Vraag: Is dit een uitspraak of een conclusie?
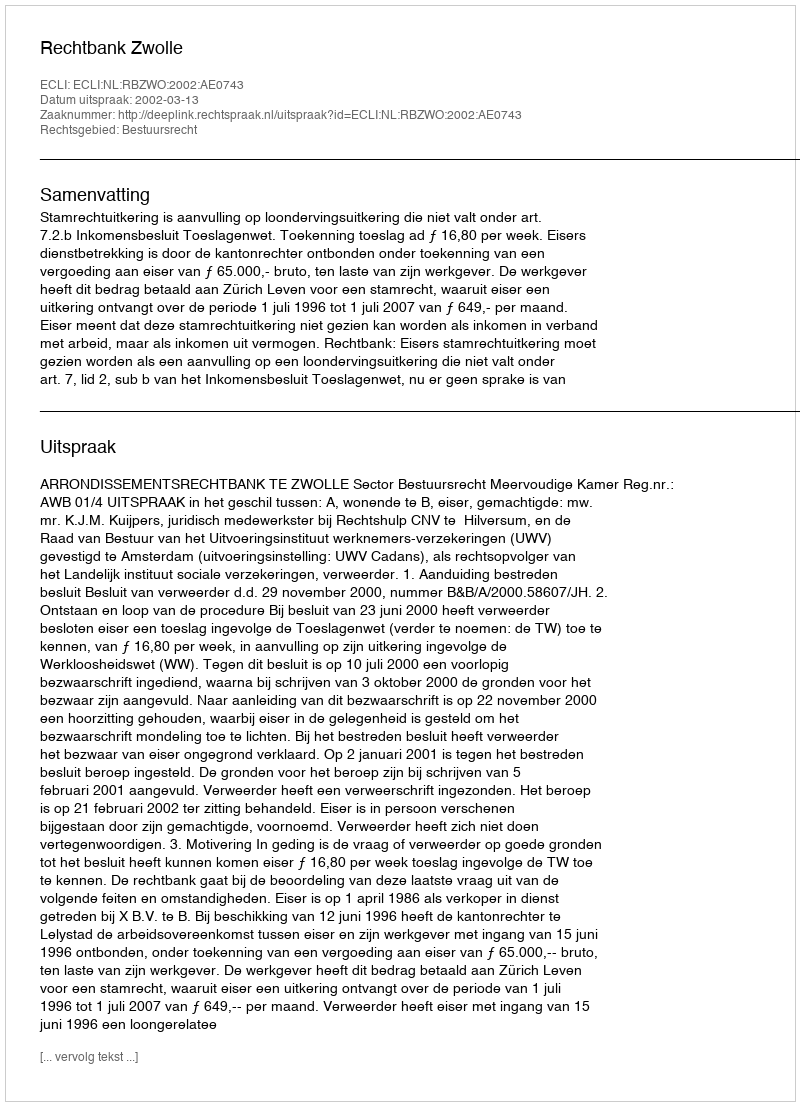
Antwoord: Uitspraak